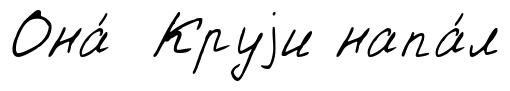
Она́ Круjи напа́л